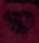
ম